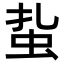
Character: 𧉒